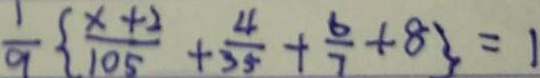
\frac { 1 } { 9 } \{ \frac { x + 2 } { 1 0 5 } + \frac { 4 } { 3 5 } + \frac { 6 } { 7 } + 8 \} = 1